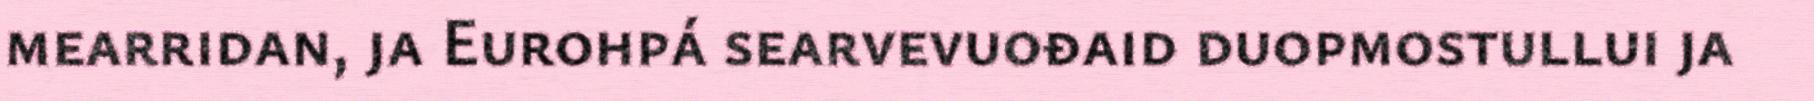
mearridan, ja Eurohpá searvevuođaid duopmostullui ja